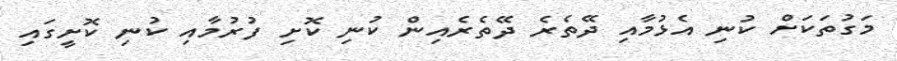
މަގުތަކަށް ކުނި އެޅުމާއި ދޭތެރެ ދޭތެރެއިން ކުނި ކޮށި ފުރުމާއި ކުނި ކޮށީގައި